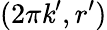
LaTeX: (2\pi\mathit{k}^{\prime},r^{\prime})